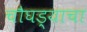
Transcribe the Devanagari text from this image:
चौघड्याचा